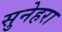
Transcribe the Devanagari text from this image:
सुनेहरा